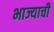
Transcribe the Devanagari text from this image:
भाज्याची